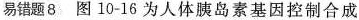
易错题8图10-16为人体胰岛素基因控制合成